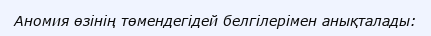
Аномия өзiнiң төмендегiдей белгiлерiмен анықталады: